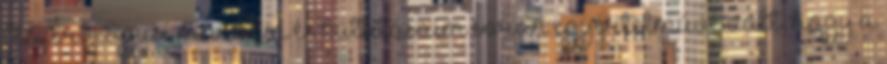
Asztrológusi munkám és kutatásaim során egyértelmûvé vált, hogy a